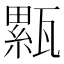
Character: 𤮉